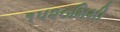
૧૫૨૦મિમી